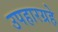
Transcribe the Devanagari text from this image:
उपहारग्रहे